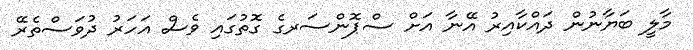
މާލީ ބަޔާނުން ދައްކާއިރު އޭނާ އަށް ސްޕޮންސަރގެ ގޮތުގައި ވެސް އަހަރު ދުވަސްތެރޭ